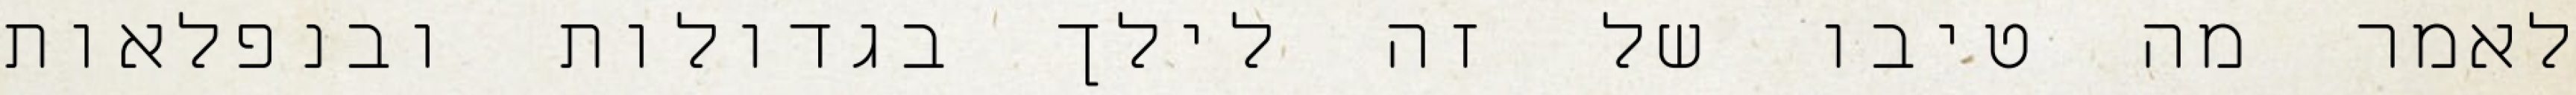
לאמר מה טיבו של זה לילך בגדולות ובנפלאות